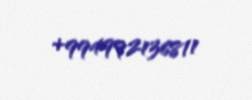
+994992136811